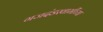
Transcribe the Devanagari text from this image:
गजदंडस्वामींच्या